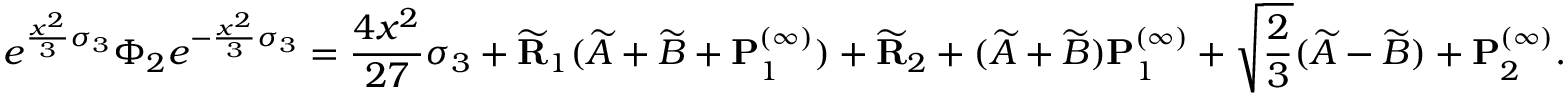
e ^ { \frac { x ^ { 2 } } { 3 } \sigma _ { 3 } } \Phi _ { 2 } e ^ { - \frac { x ^ { 2 } } { 3 } \sigma _ { 3 } } = \frac { 4 x ^ { 2 } } { 2 7 } \sigma _ { 3 } + \widetilde { \mathbf { R } } _ { 1 } ( \widetilde { A } + \widetilde { B } + \mathbf { P } _ { 1 } ^ { ( \infty ) } ) + \widetilde { \mathbf { R } } _ { 2 } + ( \widetilde { A } + \widetilde { B } ) \mathbf { P } _ { 1 } ^ { ( \infty ) } + \sqrt { \frac { 2 } { 3 } } ( \widetilde { A } - \widetilde { B } ) + \mathbf { P } _ { 2 } ^ { ( \infty ) } .